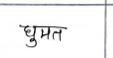
मजकूर: धुमत